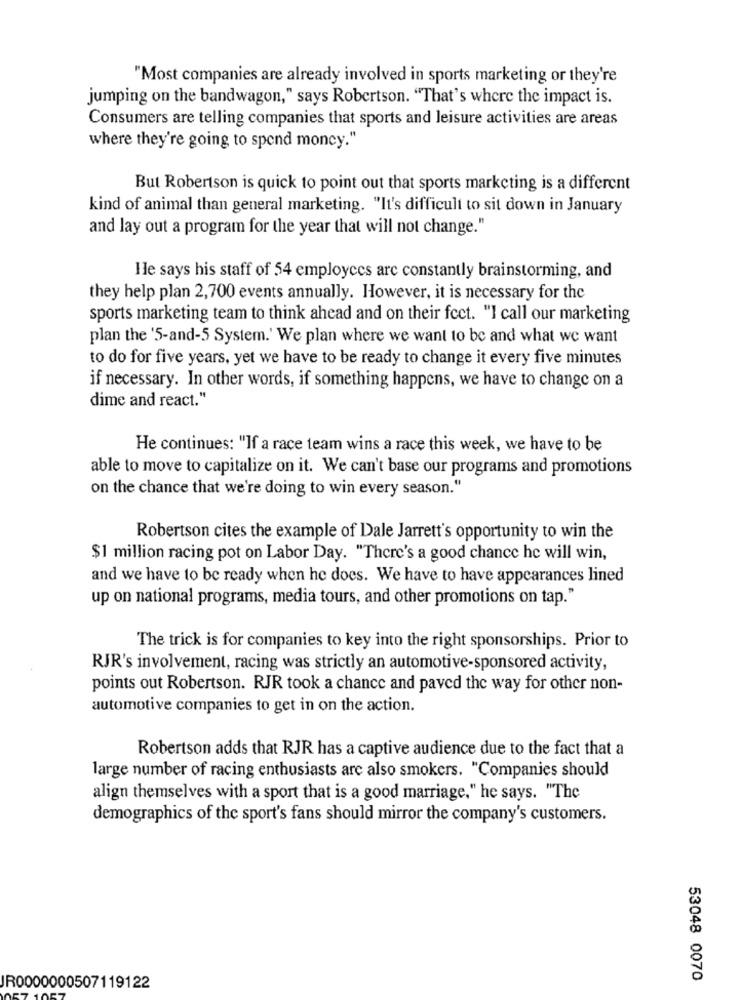
"Most companies are already involved in sports marketing or they're
jumping on the bandwagon," says Robertson. "That's where the impact is.
Consumers are telling companies that sports and leisure activities are areas
where they're going to spend money."
But Robertson is quick to point out that sports marketing is a different
kind of animal than general marketing. "It's difficult to sit down in January
and lay out a program for the year that will not change."
He says his staff of 54 employees are constantly brainstorming, and
they help plan 2,700 events annually. However, it is necessary for the
sports marketing team to think ahead and on their fcct. "I call our marketing
plan the '5-and-5 System.' We plan where we want to be and what we want
to do for five years, yet we have to be ready to change it every five minutes
if necessary. In other words, if something happens, we have to change on a
dime and react."
He continues: "If a race team wins a race this week, we have to be
able to move to capitalize on it. We can't base our programs and promotions
on the chance that we're doing to win every season."
Robertson cites the example of Dale Jarrett's opportunity to win the
$1 million racing pot on Labor Day. "There's a good chance he will win,
and we have to be ready when he does. We have to have appearances lined
up on national programs, media tours, and other promotions on tap."
The trick is for companies to key into the right sponsorships. Prior to
RJR's involvement, racing was strictly an automotive-sponsored activity,
points out Robertson. RJR took a chance and paved the way for other non-
automotive companies to get in on the action.
Robertson adds that RJR has a captive audience due to the fact that a
large number of racing enthusiasts arc also smokers. "Companies should
align themselves with a sport that is a good marriage," he says. "The
demographics of the sport's fans should mirror the company's customers.
53048 0070
JR0000000507119122